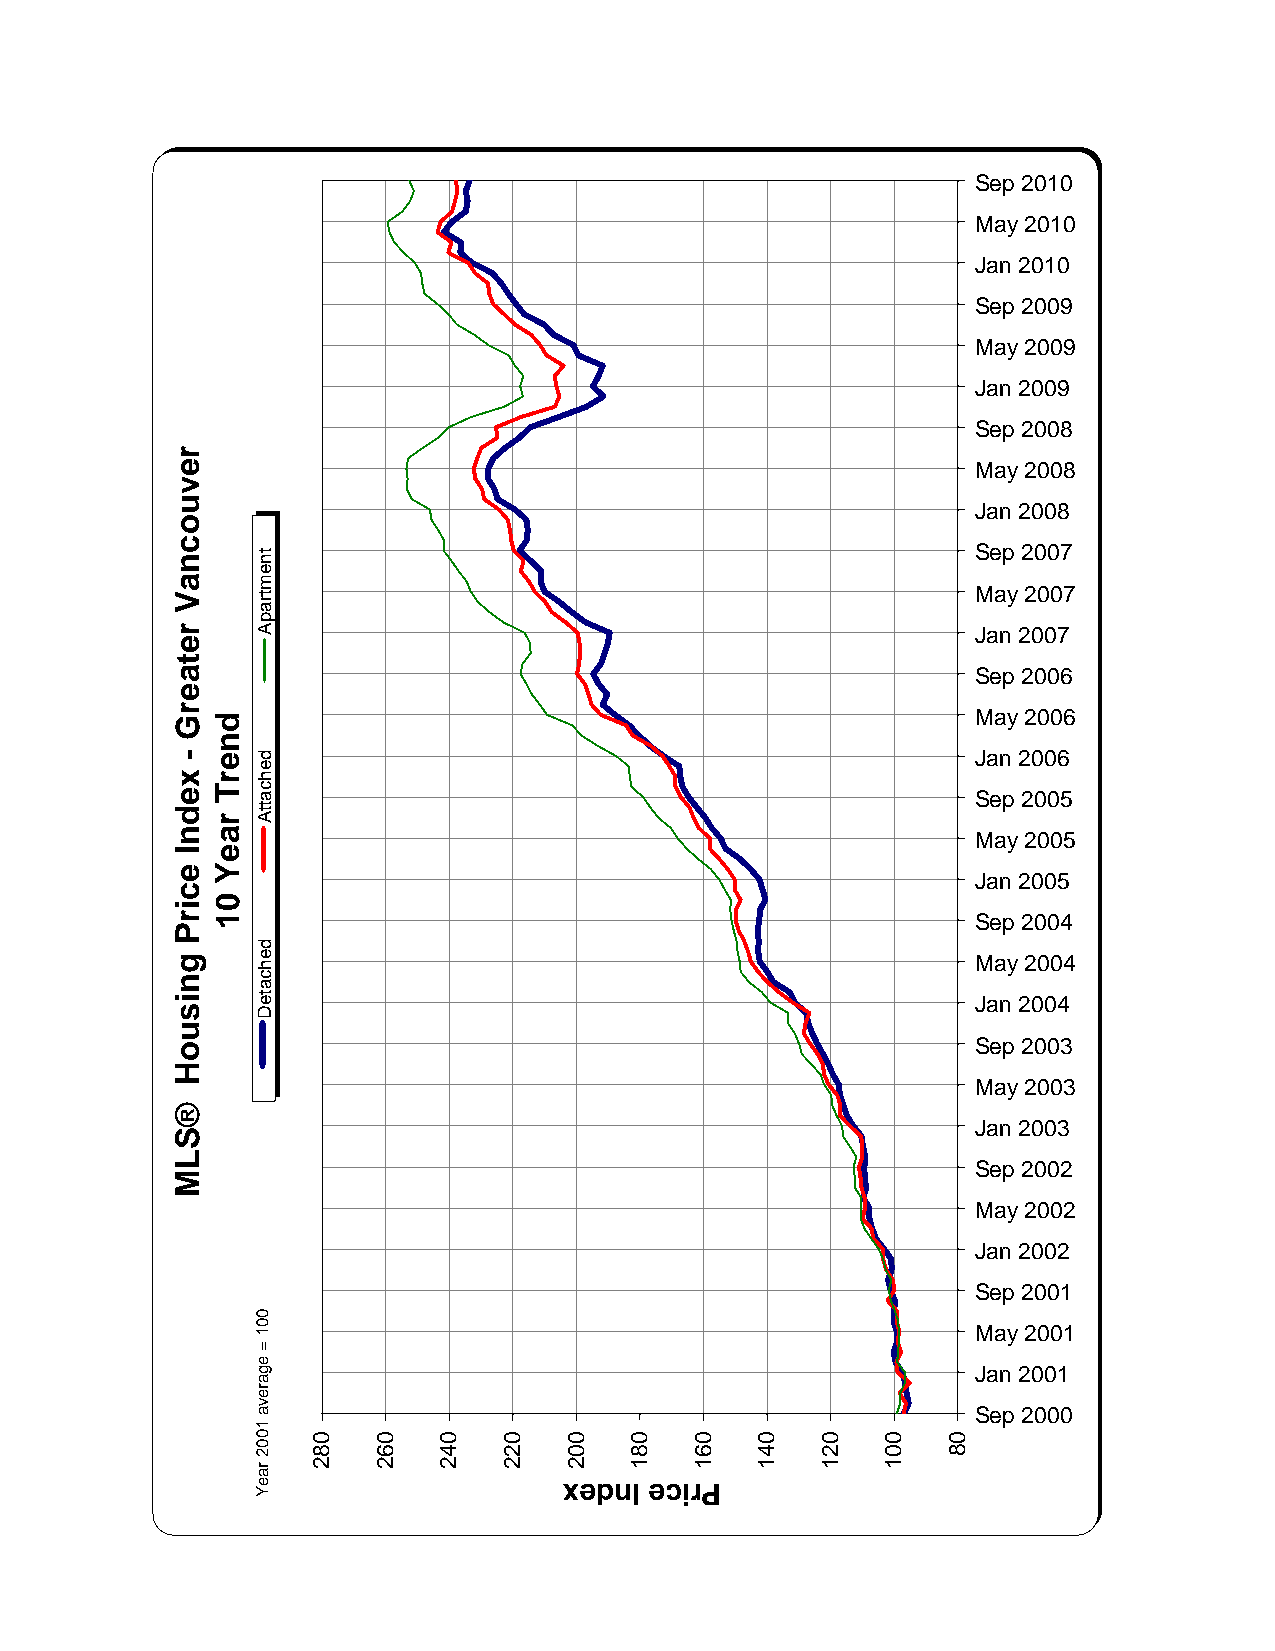
Sep 2010
 May 2010
 Jan 2010
 Sep 2009
 May 2009
 Jan 2009
 Sep 2008
 May 2008
 Jan 2008
 Sep 2007
 May 2007
 Jan 2007
 Sep 2006
 May 2006
 Jan 2006
 Sep 2005
 May 2005
 Jan 2005
 Sep 2004
 May 2004
 Jan 2004
 Sep 2003
 May 2003
 Jan 2003
 Sep 2002
 May 2002
 Jan 2002
 Sep 2001
 May 2001
 Jan 2001
 Sep 2000
 xednI ecirP
 revuocnaV
 retaerG
 -
 xednI
 ecirP
 gnisuoH
 ®SLM
 fit.2iph-vg\ser_ih\tropxe\ipH\dnEhtnoM\ATAD\:C
 dnerT
 raeY
 01
 tnemtrapA
 dehcattA
 dehcateD
 001
 =
 egareva
 1002
 raeY
 082 062 042 022 002  081 061 041 021 001  08